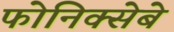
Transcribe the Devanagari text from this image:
फोनिक्सेबे